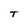
Character: T